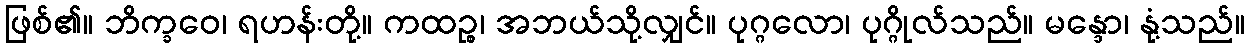
ဖြစ်၏။ ဘိက္ခဝေ၊ ရဟန်းတို့။ ကထဉ္စ၊ အဘယ်သို့လျှင်။ ပုဂ္ဂလော၊ ပုဂ္ဂိုလ်သည်။ မန္ဒော၊ နုံ့သည်။